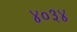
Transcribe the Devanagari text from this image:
४०३४